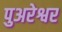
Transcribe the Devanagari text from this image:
पुअरेश्वर